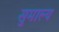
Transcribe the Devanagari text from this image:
सुमाल्य